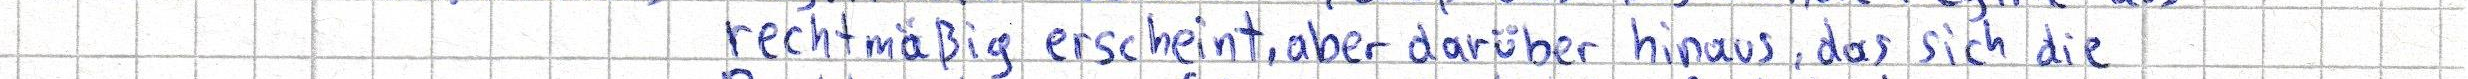
rechtmäßig erscheint, aber darüber hinaus, das sich die